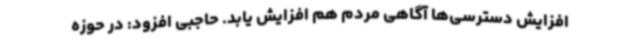
افزایش دسترسی‌ها آگاهی مردم هم افزایش یابد. حاجبی افزود: در حوزه